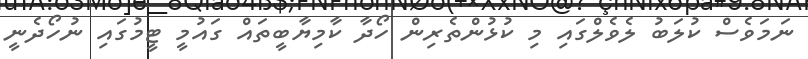
ނަމަވެސް ކުލަބު ލެވެލްގައި މި ކުޅުންތެރިން ހޯދާ ކާމިޔާބީތައް ގައުމީ ޓީމުގައި ނުހޯދެނީ